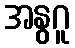
အနွဂူ